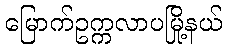
မြောက်ဥက္ကလာပမြို့နယ်